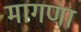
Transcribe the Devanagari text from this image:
मागणा